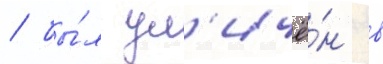
/ бы́л ул'ичё́н в